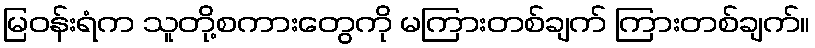
မြဝန်းရံက သူတို့စကားတွေကို မကြားတစ်ချက် ကြားတစ်ချက်။